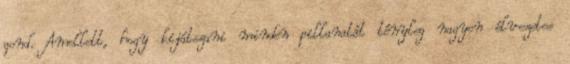
gond. Amellett, hogy kijátszani minden pillanatát tényleg nagyon élvezetes